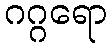
ဂဂ္ဂရော